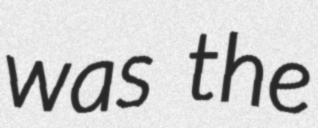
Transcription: was the